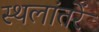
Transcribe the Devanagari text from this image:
स्थलांतरें